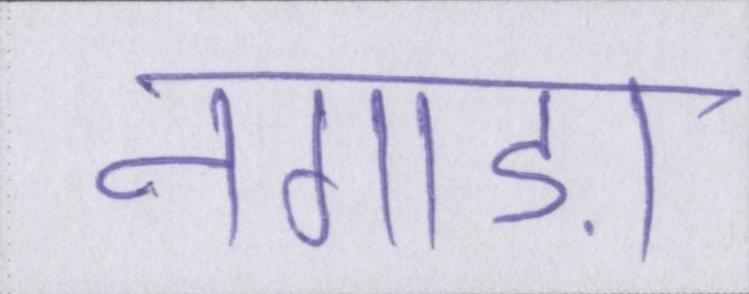
नगाड़ा